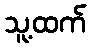
သူ့ထက်